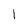
Character: l